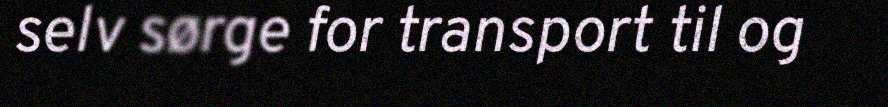
selv sørge for transport til og